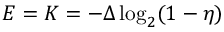
E = K = - \Delta \log _ { 2 } ( 1 - \eta )